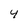
Character: 4